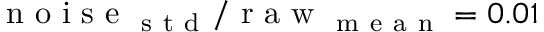
\mathrm { ~ n ~ o ~ i ~ s ~ e ~ } _ { \mathrm { ~ s ~ t ~ d ~ } } / \mathrm { ~ r ~ a ~ w ~ } _ { \mathrm { ~ m ~ e ~ a ~ n ~ } } = 0 . 0 1